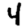
Digit: 4